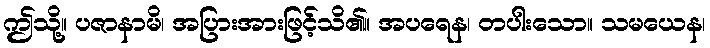
ဤသို့။ ပဇာနာမိ၊ အပြားအားဖြင့်သိ၏။ အပရေန၊ တပါးသော။ သမယေန၊